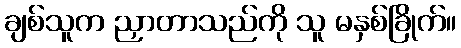
ချစ်သူက ညှာတာသည်ကို သူ မနှစ်ခြိုက်။